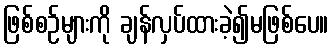
ဖြစ်စဉ်များကို ချန်လှပ်ထားခဲ့၍မဖြစ်ပေ။